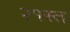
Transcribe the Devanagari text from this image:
२१स्त